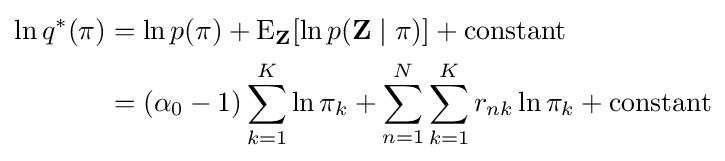
{\begin{aligned}\ln q^{*}(\mathbf {\pi } )&=\ln p(\mathbf {\pi } )+\operatorname {E} _{\mathbf {Z} }[\ln p(\mathbf {Z} \mid \mathbf {\pi } )]+{\text{constant}}\\&=(\alpha _{0}-1)\sum _{k=1}^{K}\ln \pi _{k}+\sum _{n=1}^{N}\sum _{k=1}^{K}r_{nk}\ln \pi _{k}+{\text{constant}}\end{aligned}}